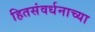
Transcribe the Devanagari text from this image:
हितसंवर्धनाच्या